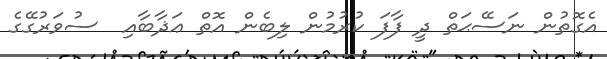
އެގޮތުން ނަސޭޙަތް ދީ ފާފަ ކުރުމުން ލިބެން އޮތް ޢަޛާބާއި  ސުވަރުގޭގެ